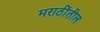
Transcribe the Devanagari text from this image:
मराठींतील